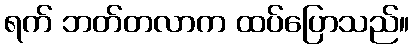
ရက် ဘတ်တလာက ထပ်ပြောသည်။